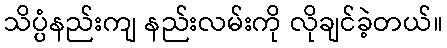
သိပ္ပံနည်းကျ နည်းလမ်းကို လိုချင်ခဲ့တယ်။